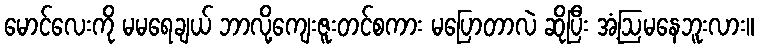
မောင်လေးကို မမရေချယ် ဘာလို့ကျေးဇူးတင်စကား မပြောတာလဲ ဆိုပြီး အံ့ဩမနေဘူးလား။